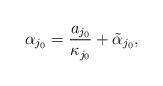
LaTeX: \begin{align*}\alpha_{j_0} = \frac{a_{j_0}}{\kappa_{j_0}} + \tilde\alpha_{j_0},\end{align*}